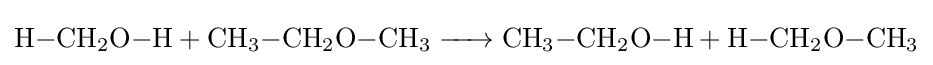
{\ce {H-CH2O-H + CH3-CH2O-CH3 -> CH3-CH2O-H + H-CH2O-CH3}}